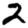
Digit: 2